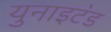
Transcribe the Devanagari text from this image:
युनाइट॓ड